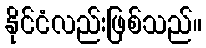
နိုင်ငံလည်းဖြစ်သည်။